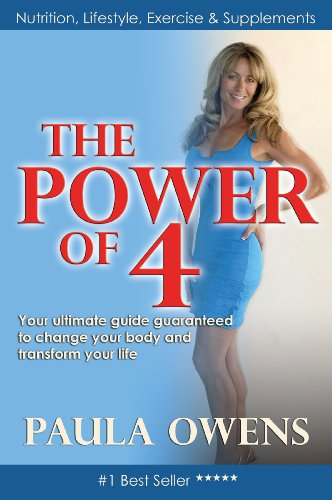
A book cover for The Power of 4: Your Ultimate Guide Guaranteed to Change Your Body and Transform Your Life; Paula Owens; Health, Fitness & Dieting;